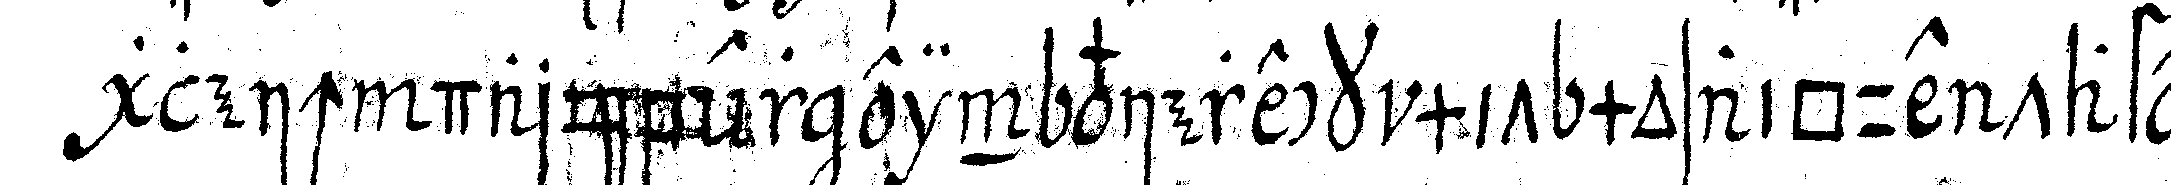
gleich darüber ein viereck mit mosaique tafel